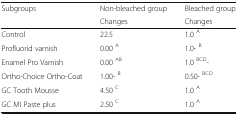
<table><thead><tr><td rowspan="2"><b>Subgroups</b></td><td><b>Non-bleached group</b></td><td><b>Bleached group</b></td></tr><tr><td><b>Changes</b></td><td><b>Changes</b></td></tr></thead><tbody><tr><td>Control</td><td>22.5</td><td>1.0 <sup>A</sup></td></tr><tr><td>Profluorid varnish</td><td>0.00 <sup>A</sup></td><td>1.0- <sup>B</sup></td></tr><tr><td>Enamel Pro Varnish</td><td>0.00 <sup>AB</sup></td><td>1.0 <sup>BCD</sup>-</td></tr><tr><td>Ortho-Choice Ortho-Coat</td><td>1.00- <sup>B</sup></td><td>0.50- <sup>BCD</sup></td></tr><tr><td>GC Tooth Mousse</td><td>4.50 <sup>C</sup></td><td>1.0 <sup>A</sup></td></tr><tr><td>GC MI Paste plus</td><td>2.50 <sup>C</sup></td><td>1.0 <sup>A</sup></td></tr></tbody></table>